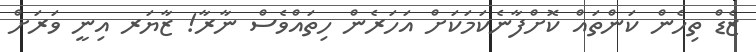
ޒެޑް ތިހެން ކަންތައް ކޮށްފާނެކަމަކަށް އަހަރެން ހިތައްވެސް ނާރާ! ޒާޔަރ އިނީ ވަރަށް